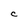
Character: C